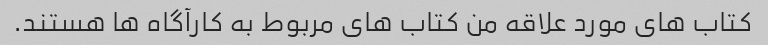
کتاب های مورد علاقه من کتاب های مربوط به کارآگاه ها هستند.